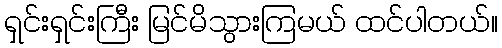
ရှင်းရှင်းကြီး မြင်မိသွားကြမယ် ထင်ပါတယ်။